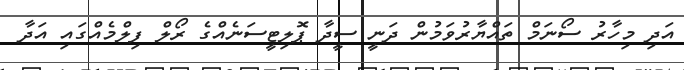
އަދި މިހާރު ސޯނަމް ތައްޔާރުވަމުން ދަނީ ސީދާ ޕޮލިޓީސަނެއްގެ ރޯލް ފިލްމެއްގައި އަދާ